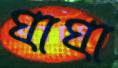
ঘাঘা